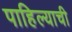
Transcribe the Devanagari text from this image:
पाहिल्याची